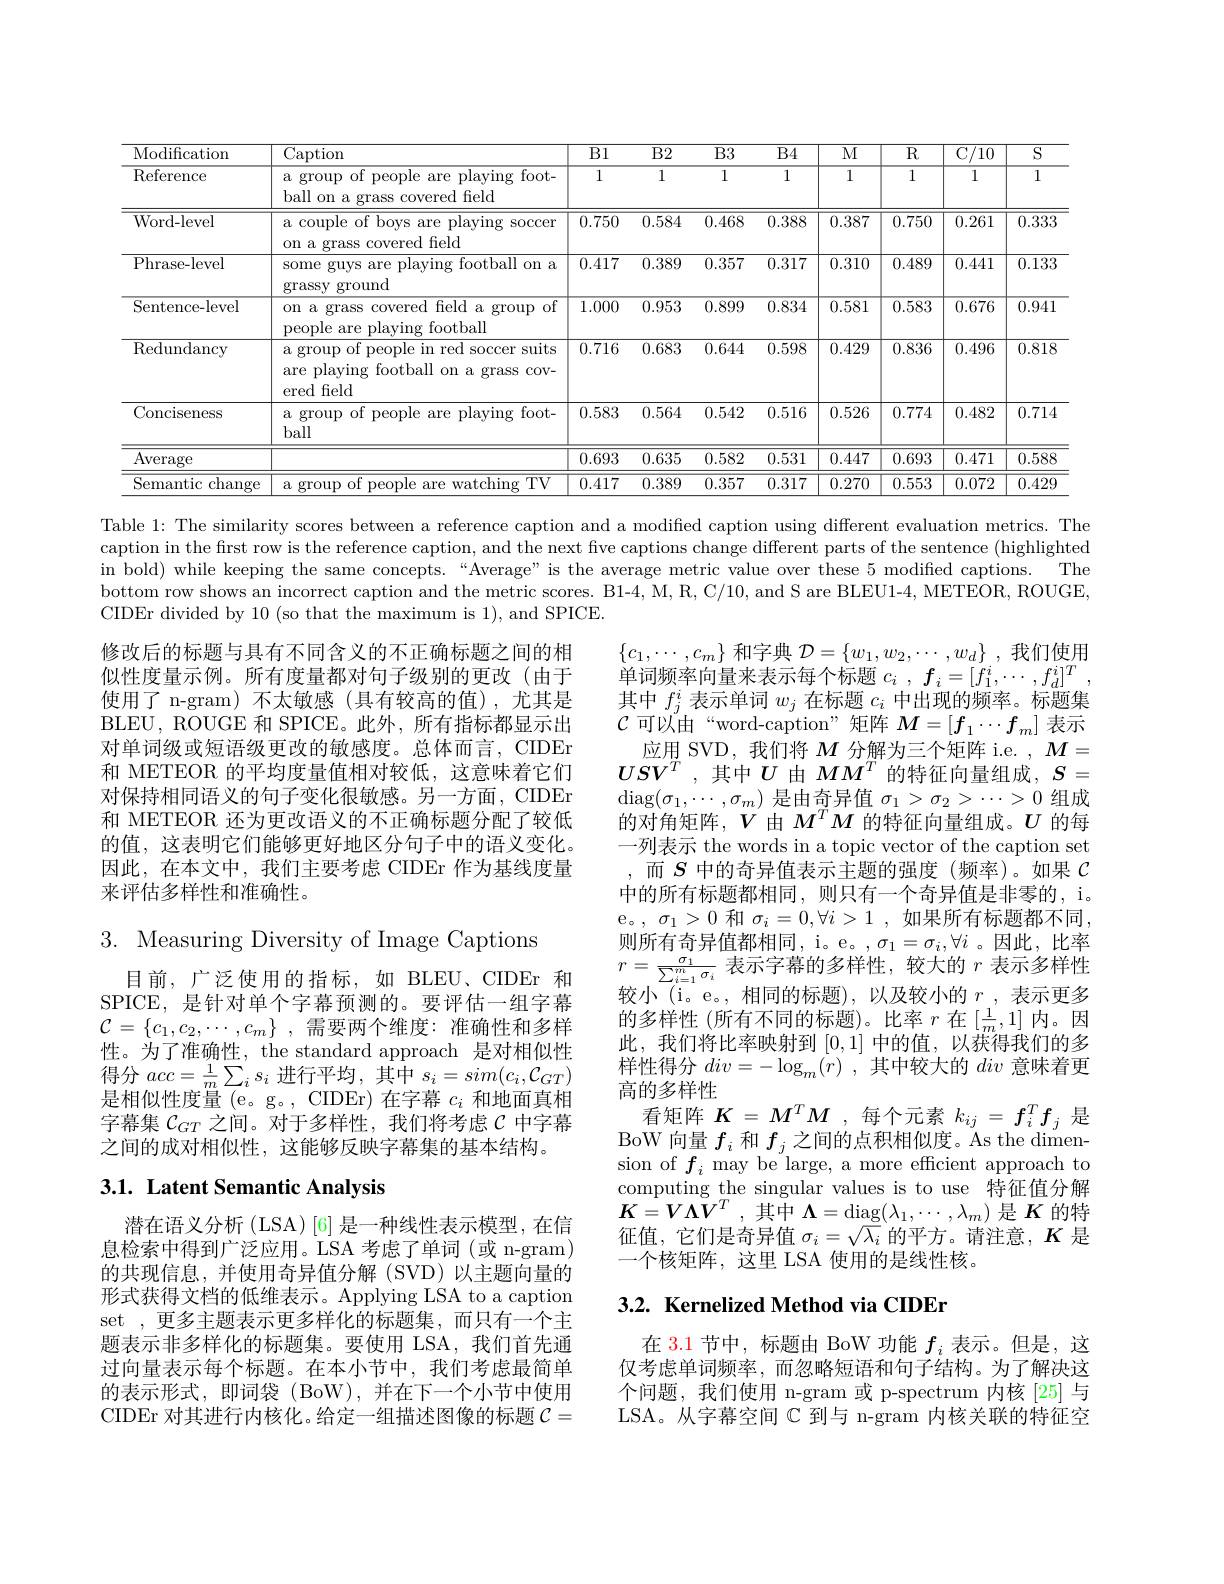
<table>
	<tbody>
		<tr>
			<th>Modification</th>
			<th>$\operatorname{Caption}$</th>
			<th>Bl</th>
			<th>$B2$</th>
			<th>$\overline{\text{B3}}$</th>
			<th>$B4$</th>
			<th>$M$</th>
			<th>$R$</th>
			<th>$\overline{\mathrm{C/10}}$</th>
			<th>$\overline{S}$</th>
		</tr>
		<tr>
			<td>$\operatorname{Reference}$</td>
			<td>a group o of people are playing foot- ball on a grass covered field</td>
			<td>1</td>
			<td>1</td>
			<td>1</td>
			<td>1</td>
			<td>1</td>
			<td>1</td>
			<td>1</td>
			<td>1</td>
		</tr>
		<tr>
			<td>Word-level</td>
			<td>a couple of boys are playing soccer on a grass covered field</td>
			<td>0.750</td>
			<td>0.584</td>
			<td>0.468</td>
			<td>0.388</td>
			<td>0.387</td>
			<td>0.750</td>
			<td>0.261</td>
			<td>0.333</td>
		</tr>
		<tr>
			<td>Phrase- level</td>
			<td>some guys are playing football on a grassy ground</td>
			<td>0.417</td>
			<td>0.389</td>
			<td>0.357</td>
			<td>0.317</td>
			<td>0.310</td>
			<td>0.489</td>
			<td>0.441</td>
			<td>0.133</td>
		</tr>
		<tr>
			<td>Sentence-level</td>
			<td>on a grass covered field a group of people are plaving football</td>
			<td>1.000</td>
			<td>0.953</td>
			<td>0.899</td>
			<td>0.834</td>
			<td>0.581</td>
			<td>0.583</td>
			<td>0.676</td>
			<td>0.941</td>
		</tr>
		<tr>
			<td>$\operatorname{Redundancy}$</td>
			<td>a group of people in red soccer suits are playing football on a grass cov- ered field</td>
			<td>0.716</td>
			<td>0.683</td>
			<td>0.644</td>
			<td>0.598</td>
			<td>0.429</td>
			<td>0.836</td>
			<td>0.496</td>
			<td>0.818</td>
		</tr>
		<tr>
			<td>Conciseness</td>
			<td>a group of people are playing foot- ball</td>
			<td>0.583</td>
			<td>0.564</td>
			<td>0.542</td>
			<td>0.516</td>
			<td>0.526</td>
			<td>0.774</td>
			<td>0.482</td>
			<td>0.714</td>
		</tr>
		<tr>
			<td>Average</td>
			<td> </td>
			<td>0.693</td>
			<td>0.635</td>
			<td>0.582</td>
			<td>0.531</td>
			<td>0.447</td>
			<td>0.693</td>
			<td>0.471</td>
			<td>0.588</td>
		</tr>
		<tr>
			<td>Semantic ${\mathrm{~change}}$</td>
			<td>a group p of people are watching TV</td>
			<td>0.417</td>
			<td>0.389</td>
			<td>0.357</td>
			<td>0.317</td>
			<td>0.270</td>
			<td>0.553</td>
			<td>0.072</td>
			<td>0.429</td>
		</tr>
	</tbody>
</table>

Table 1: The similarity scores between a reference caption and a modified caption using different evaluation metrics. The caption in the first row is the reference caption, and the next five captions change different parts of the sentence (highlighted in bold) while keeping the same concepts.“Average”is the average metric value over these 5 modiffed captions. The bottom row shows an incorrect caption and the metric scores. B1-4, M, R, C/10, and S are BLEU1-4, METEOR, ROUGE, CIDEr divided by 10 (so that the maximum is 1), and SPICE.

修改后的标题与具有不同含义的不正确标题之间的相似性度量示例。所有度量都对句子级别的更改(由于使用了 n-gram) 不太敏感(具有较高的值),尤其是BLEU, ROUGE 和 SPICE。此外，所有指标都显示出对单词级或短语级更改的敏感度。总体而言，CIDEr 和 METEOR 的平均度量值相对较低，这意味着它们对保持相同语义的句子变化很敏感。另一方面，CIDEr 和 METEOR 还为更改语义的不正确标题分配了较低的值，这表明它们能够更好地区分句子中的语义变化。因此，在本文中，我们主要考虑 CIDEr 作为基线度量来评估多样性和准确性。

3. Measuring Diversity of Image Captions

$\{c_1,\cdots,c_m\}$和字典$\mathcal{D}=\{w_1,w_2,\cdots,w_d\}$,我们使用单词频率向量来表示每个标题$c_i$ , $f_i= [ f_1^i, \cdots , f_d^i] ^T$ , 其中$f_j^i$表示单词$w_j$在标题$c_i$中出现的频率。标题集$\mathcal{C}$可以由“word-caption”矩阵$M=[f_1\cdots f_m]$表示
应用 SVD, 我们将$M$分解为三个矩阵 i.e. $,M=$ $USV^T$ ,其中$U$由$MM^T$的特征向量组成$,S=$ $\operatorname{diag}(\sigma_{1},\cdots,\sigma_{m})$是由奇异值$\sigma_1>\sigma_{2}>\cdots>0$组成的对角矩阵，$V$由$M^TM$ 的特征向量组成。$U$ 的每一列表示 the words in a topic vector of the caption set ,而$S$中的奇异值表示主题的强度(频率)。如果$\mathcal{C}$ 中的所有标题都相同，则只有一个奇异值是非零的，i。e。, $\sigma_1>0$和$\sigma_i=0,\forall i>1$,如果所有标题都不同， 则所有奇异值都相同，i。e。$,\sigma_1=\sigma_i,\forall i$。因此，比率$r=\frac{\sigma_{1}}{\sum_{i=1}^{m}\sigma_{i}}$表示字幕的多样性，较大的$r$表示多样性较小(i。e。,相同的标题),以及较小的$r$,表示更多的多样性 (所有不同的标题)。比率$r$在$[\frac1m,1]$内。因此，我们将比率映射到[0,1]中的值，以获得我们的多样性得分$div= - \log _m( \dot{r} )$ ,其中较大的div意味着更高的多样性
看矩阵$K=M^TM$ ,每个元素$k_ij=f_i^Tf_j$是BoW 向量$f_i$和$f_j$之间的点积相似度。As the dimension of $f_{i}$ may be large, a more effcient approach to computing the singular values is to use 特征值分解$K= V\Lambda V^{T}$ , 其中$\boldsymbol\Lambda=\operatorname{diag}(\lambda_{1},\cdots,\lambda_{m})$ 是$\boldsymbol K$的特征值，它们是奇异值$\sigma_i=\sqrt{\lambda_i}$的平方。请注意，$K$是一个核矩阵，这里 LSA 使用的是线性核。

目前，广泛使用的指标，如 BLEU、CIDEr 和SPICE, 是针对单个字幕预测的。要评估一组字幕$\mathcal{C}=\{c_1,c_2,\cdots,c_m\}~,~$需要两个维度：准确性和多样性。为了准确性，the standard approach 是对相似性得分$acc=\frac1m\sum_is_i$进行平均，其中$s_i=sim(c_i,\mathcal{C}_{GT})$ 是相似性度量 (e。g。, CIDEr) 在字幕$c_i$和地面真相字幕集$\mathcal{C}_{GT}$之间。对于多样性，我们将考虑$\mathcal{C}$中字幕之间的成对相似性，这能够反映字幕集的基本结构。

## 3.1. Latent Semantic Analysis

## 3.2. Kernelized Method via CIDEr

潜在语义分析 (LSA)[6] 是一种线性表示模型，在信息检索中得到广泛应用。LSA 考虑了单词(或 n-gram) 的共现信息，并使用奇异值分解(SVD)以主题向量的形式获得文档的低维表示。Applying LSA to a caption set ,更多主题表示更多样化的标题集，而只有一个主题表示非多样化的标题集。要使用 LSA,我们首先通过向量表示每个标题。在本小节中，我们考虑最简单的表示形式，即词袋(BoW),并在下一个小节中使用CIDEr 对其进行内核化。给定一组描述图像的标题$\mathcal{C}=$

在 3.1 节中，标题由 BoW 功能$f_i$表示。但是，这仅考虑单词频率，而忽略短语和句子结构。为了解决这个问题，我们使用 n-gram 或 p-spectrum 内核[25] 与LSA。从字幕空间$\mathbb{C}$到与 n-gram 内核关联的特征空